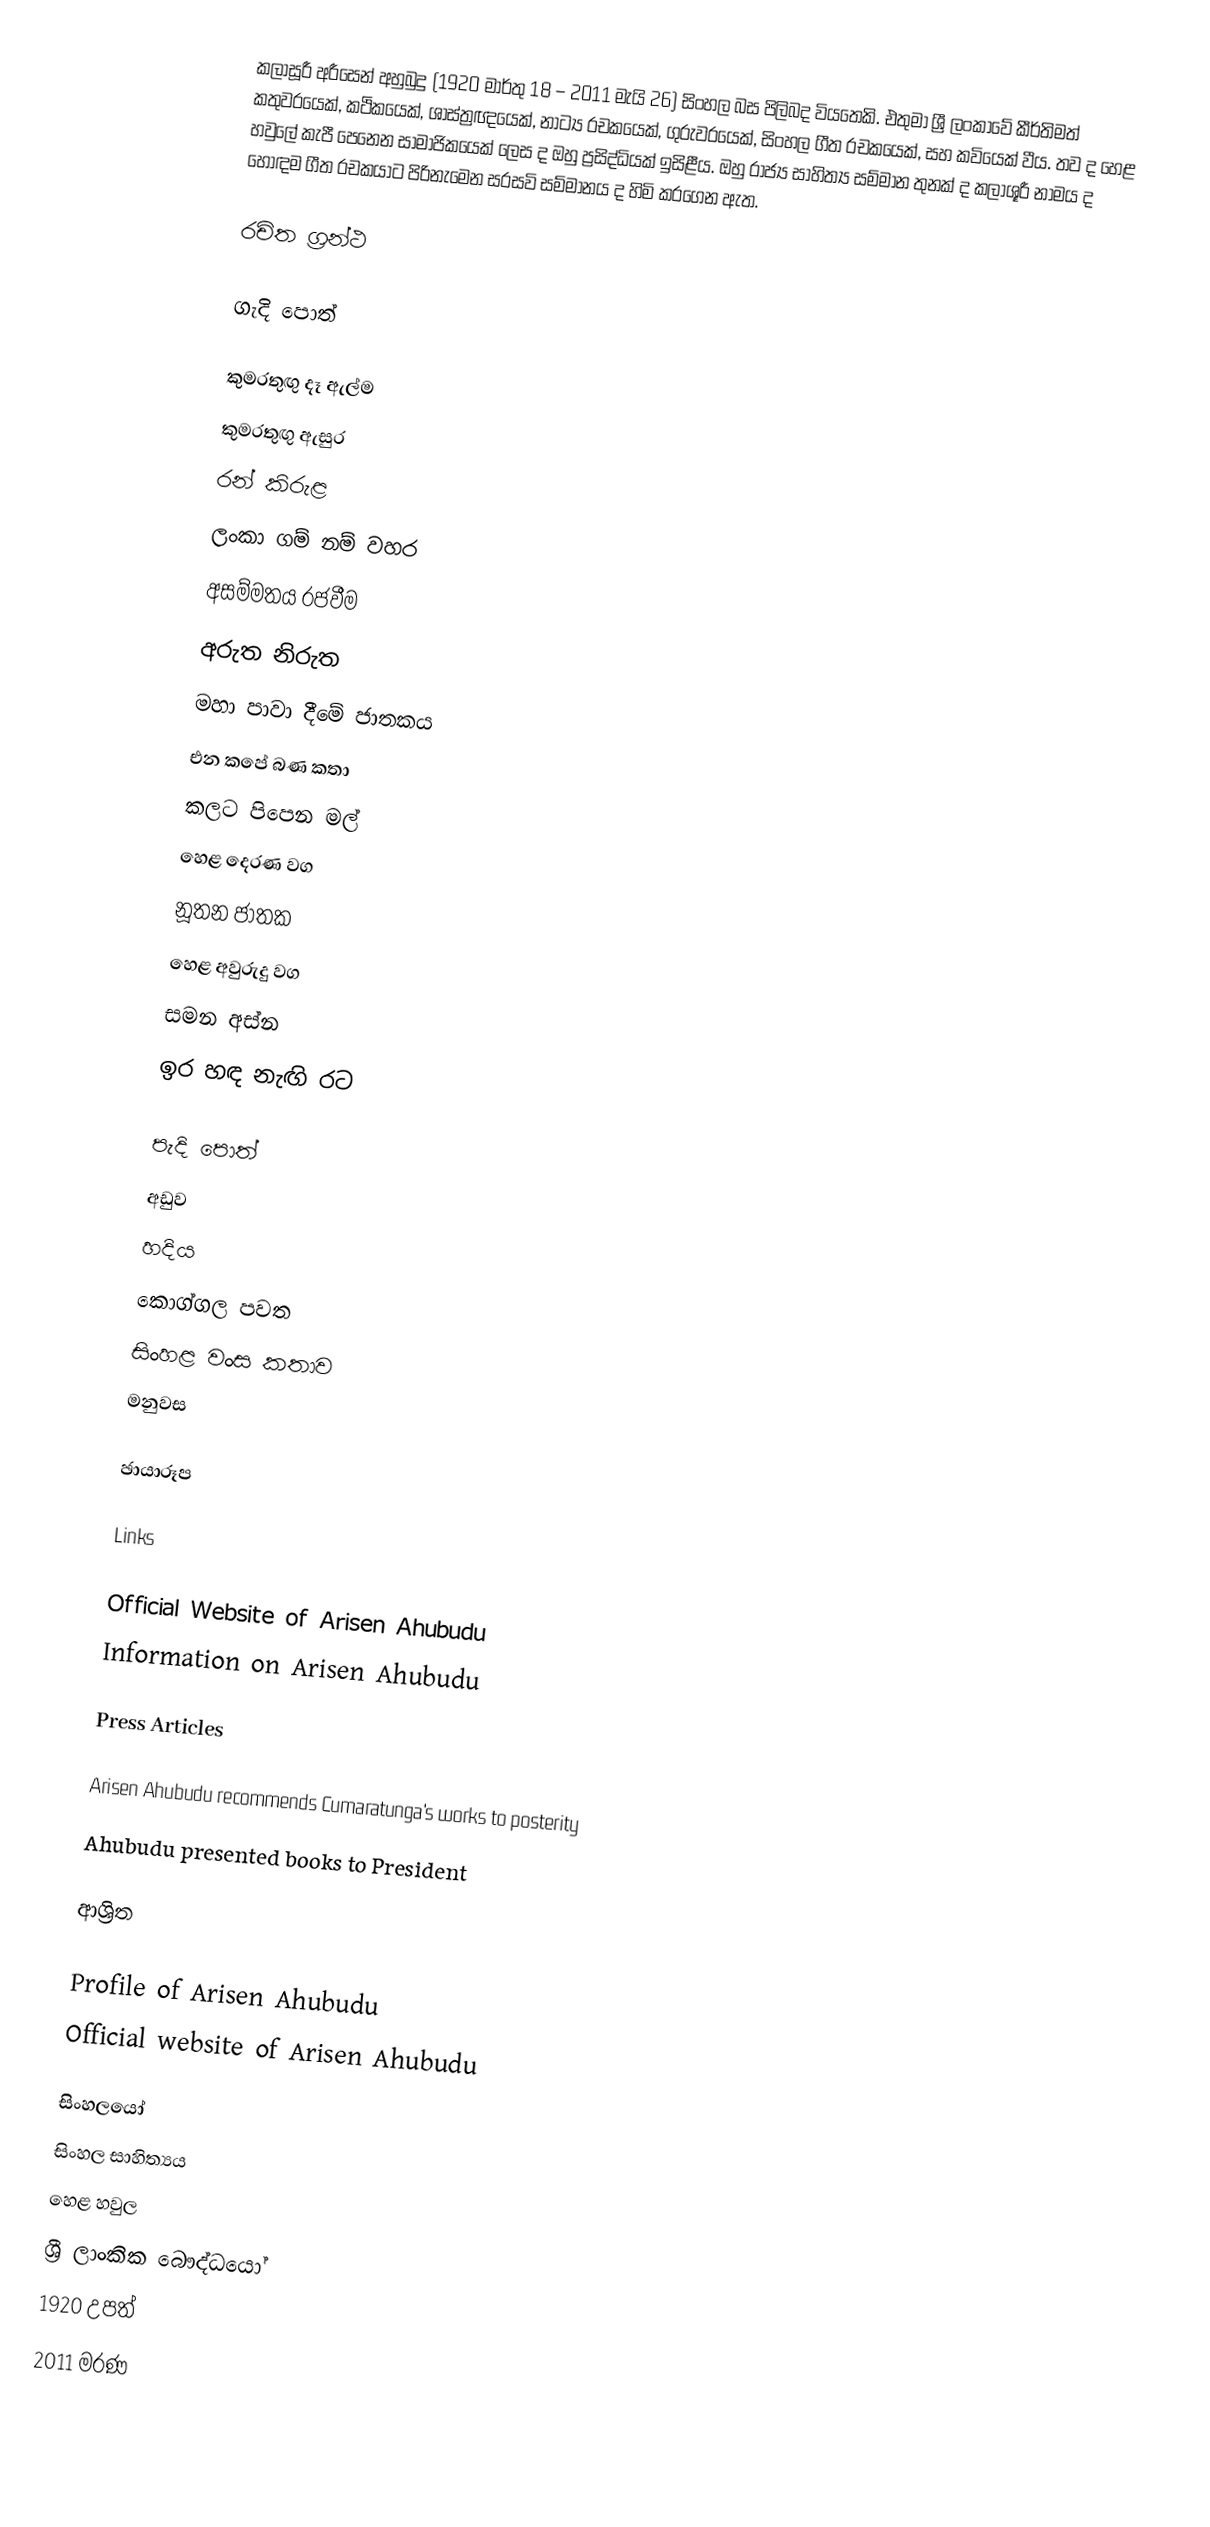
කලාසූරී අරීසෙන් අහුබුදු (1920 මාර්තු 18 – 2011 මැයි 26)  සිංහල බස පිලිබද වියතෙකි. එතුමා ශ්‍රී ලංකාවේ කීර්තිමත් කතුවරයෙක්, කථිකයෙක්, ශාස්ත්‍රඥයෙක්, නාට්‍ය රචකයෙක්, ගුරුවරයෙක්, සිංහල ගීත රචකයෙක්, සහ කවියෙක් වීය. තව ද හෙළ හවුලේ කැපී පෙනෙන සාමාජිකයෙක් ලෙස ද ඔහු ප්‍රසිද්ධියක් ඉසිළීය. ඔහු රාජ්‍ය සාහිත්‍ය සම්මාන තුනක් ද කලාශූරී නාමය ද හොඳම ගීත රචකයාට පිරිනැමෙන සරසවි සම්මානය ද හිමි කරගෙන ඇත.

රචිත ග්‍රන්ථ

ගැදි පොත්

 කුමරතුඟු දෑ ඇල්ම
 කුමරතුඟු ඇසුර
 රන් කිරුළ
 ලංකා ගම් නම් වහර
 අසම්මතය රජවීම
 අරුත නිරුත
 මහා පාවා දීමේ ජාතකය
 එන කපේ බණ කතා
 කලට පිපෙන මල්
 හෙළ දෙරණ වග
 නූතන ජාතක
 හෙළ අවුරුදු වග
 සමන අස්න
 ඉර හඳ නැඟි රට

පැදි පොත්
 අඩුව
 හදිය
 කොග්ගල පවත
 සිංහළ වංස කතාව
 මනුවස

ඡායාරූප

Links

Official Website of Arisen Ahubudu
Information on Arisen Ahubudu

Press Articles

Arisen Ahubudu recommends Cumaratunga's works to posterity
Ahubudu presented books to President

ආශ්‍රිත

 Profile of Arisen Ahubudu
 Official website of Arisen Ahubudu

සිංහලයෝ
සිංහල සාහිත්‍යය
හෙළ හවුල
ශ්‍රී ලාංකික බෞද්ධයෝ
1920 උපත්
2011 මරණ